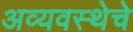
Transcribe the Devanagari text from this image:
अव्यवस्थेचे